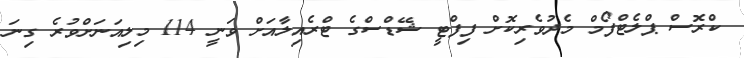
ކްރޮސް ޕްލެޓްފޯމް މެދުވެރިކޮށް ފިފްޓީ ޝޭޑްސްގެ ޓްރެއިލާއަށް ވަނީ 114 މިލިއަނަށްވުރެ ގިނަ